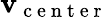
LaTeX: \mathbf{v}_{\mathrm{{~c~e~n~t~e~r~}}}